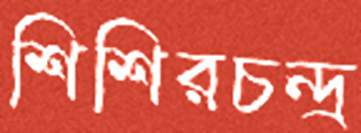
শিশিরচন্দ্র